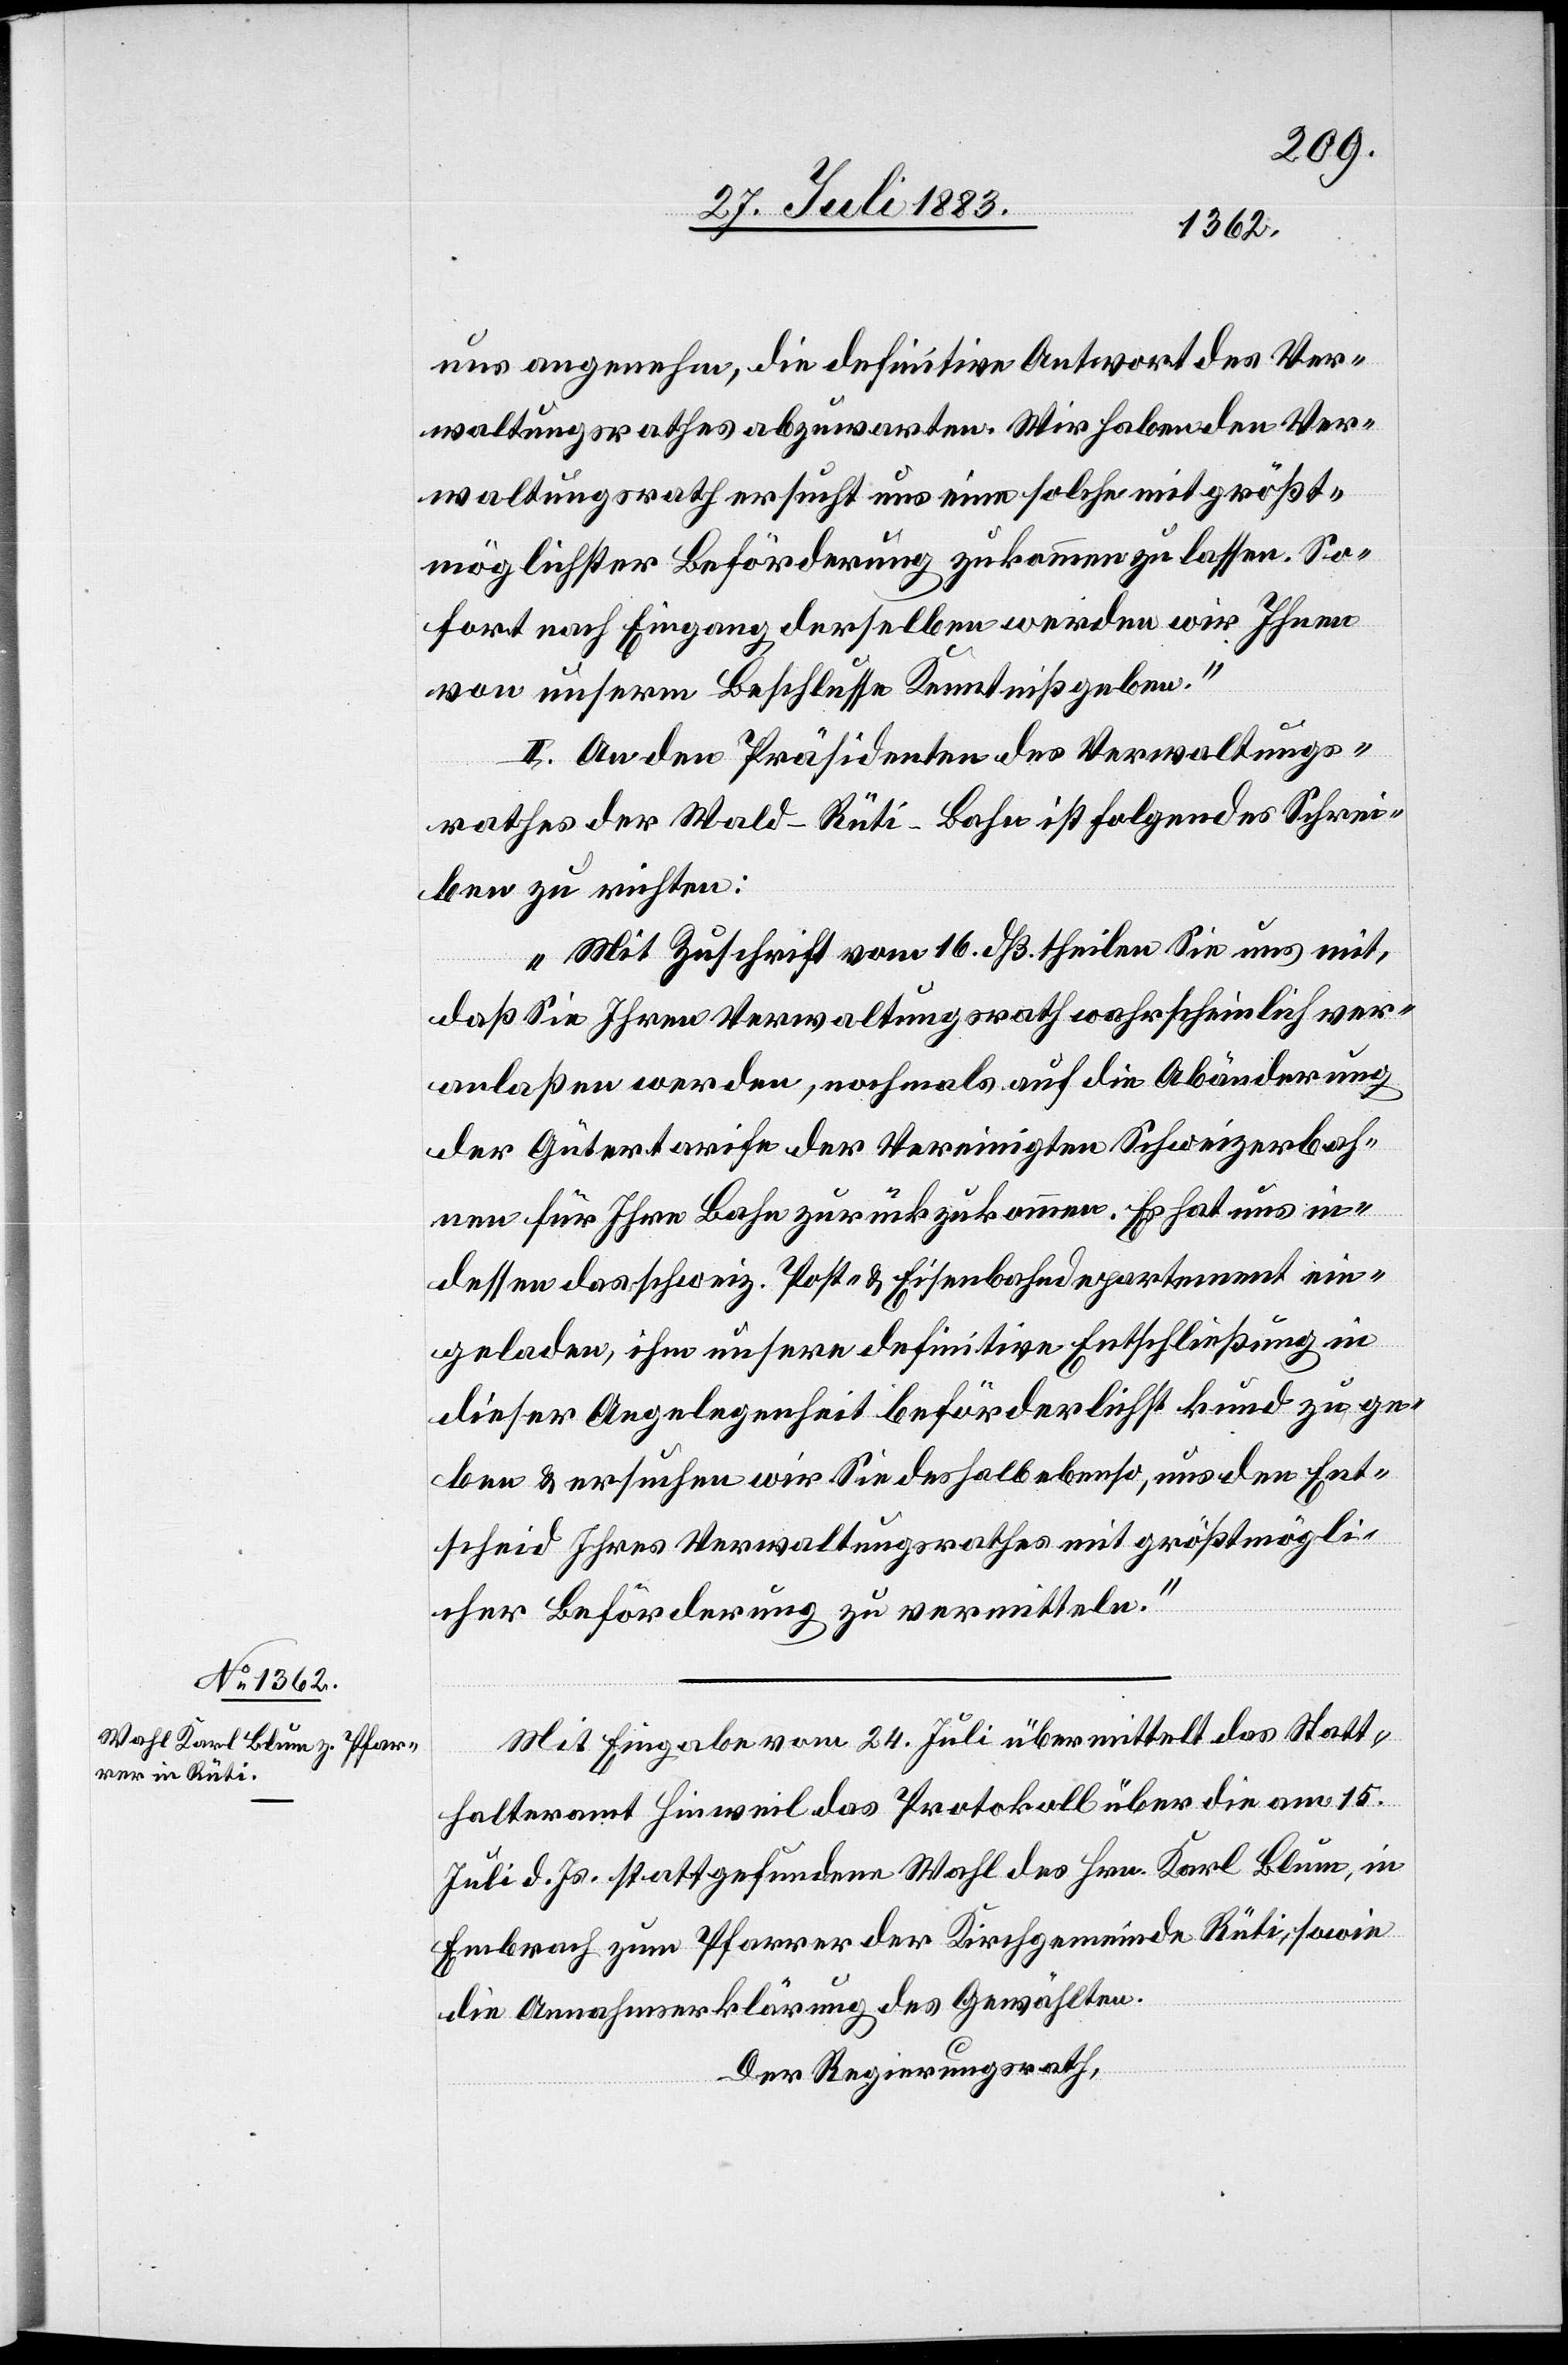
uns angenehm, die definitive Antwort des Ver¬
waltungsrathes abzuwarten. Wir haben den Ver¬
waltungsrath ersucht uns eine solche mit größt¬
möglichster Beförderung zukommen zu lassen. So¬
fort nach Eingang derselben werden wir Ihnen
von unserm Beschlusse Kenntniß geben.“
II. An den Präsidenten des Verwaltungs¬
rathes der Wald–Rüti-Bahn ist folgendes Schrei¬
ben zu richten:
„Mit Zuschrift vom 16. dß. theilen Sie uns mit,
daß Sie Ihren Verwaltungsrath wahrscheinlich ver¬
anlaßen werden, nochmals auf die Abänderung
der Gütertarife der Vereinigten Schweizerbah¬
nen für Ihre Bahn zurückzukommen. Es hat uns in¬
dessen das schweiz. Post- & Eisenbahndepartement ein¬
geladen, ihm unsere definitive Entschließung in
dieser Angelegenheit beförderlichst kund zu ge¬
ben & ersuchen wir Sie deshalb ebenso, uns den Ent¬
scheid Ihres Verwaltungsrathes mit größtmögli¬
cher Beförderung zu vermitteln.“
Mit Eingabe vom 24. Juli übermittelt das Statt¬
halteramt Hinweil das Protokoll über die am 15.
Juli d. Js. stattgefundene Wahl des Hrn. Karl Blum, in
Embrach zum Pfarrer der Kirchgemeinde Rüti, sowie
die Annahmserklärung des Gewählten.
Der Regierungsrath,